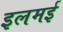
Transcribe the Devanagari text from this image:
इलमई